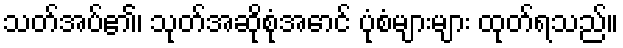
သတ်အပ်၏၊ သုတ်အဆိုစုံအောင် ပုံစံများများ ထုတ်ရသည်။